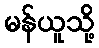
မန်ယူသို့